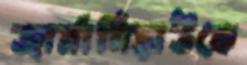
জার্মানিয়াউকে